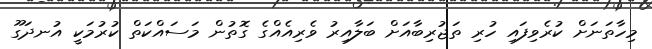
މިހާތަނަށް ކުރެވިފައި ހުރި ތަޖުރިބާއަށް ބަލާއިރު ވެރިއެއްގެ ގޮތުން މަސައްކަތް ކުރުމަކީ އުނދަގޫ